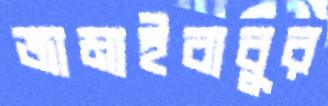
জামাইবাবুর